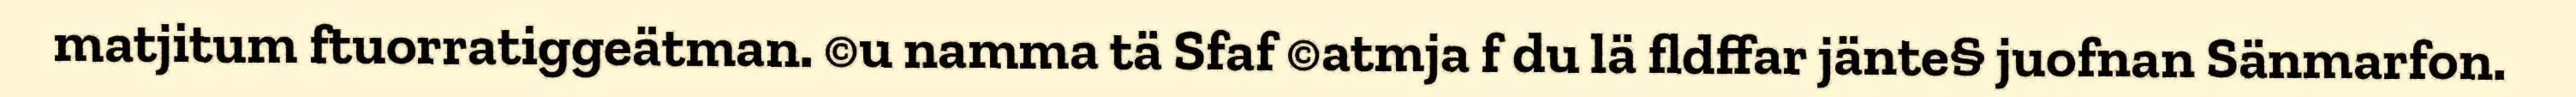
matjitum ftuorratiggeätman. ©u namma tä Sfaf ©atmja f du lä fldffar jänte§ juofnan Sänmarfon.